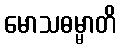
မောသဓမ္မာတိ